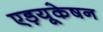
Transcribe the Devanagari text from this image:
एड़यूकेषन